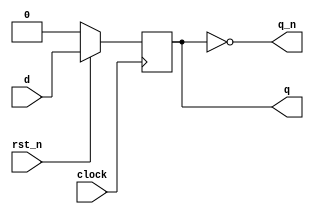
module dff (
  input rst_n, clock,
  input d,
  output reg q,
  output q_n
);

  always @(posedge clock )
    if( !rst_n )
      q <= 0;
    else
      q <= d;

  assign q_n = ~q;

endmodule

module dff4bit (
  input rst_n, clock,
  input [3:0] d,
  output [3:0] q
);

  wire [3:0] qb;

  dff bit_0 ( rst_n, clock, d[0], q[0], qb[0] );
  dff bit_1 ( rst_n, clock, d[1], q[1], qb[1] );
  dff bit_2 ( rst_n, clock, d[2], q[2], qb[2] );
  dff bit_3 ( rst_n, clock, d[3], q[3], qb[3] );

endmodule